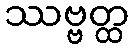
ဿဗ္ဗတ္ထ